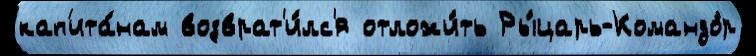
кап'ита́нам возврат'и́лс'я отложи́ть Ры́царь-Командо́р